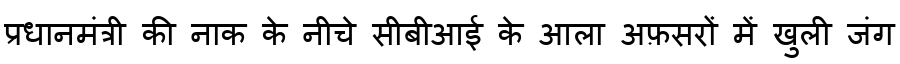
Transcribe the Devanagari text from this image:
प्रधानमंत्री की नाक के नीचे सीबीआई के आला अफ़सरों में खुली जंग